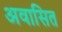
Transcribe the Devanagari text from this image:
अवासित